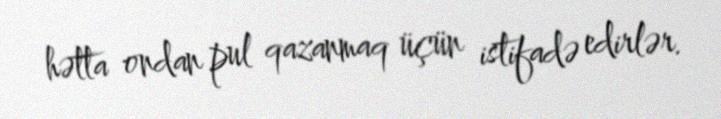
hətta ondan pul qazanmaq üçün istifadə edirlər.